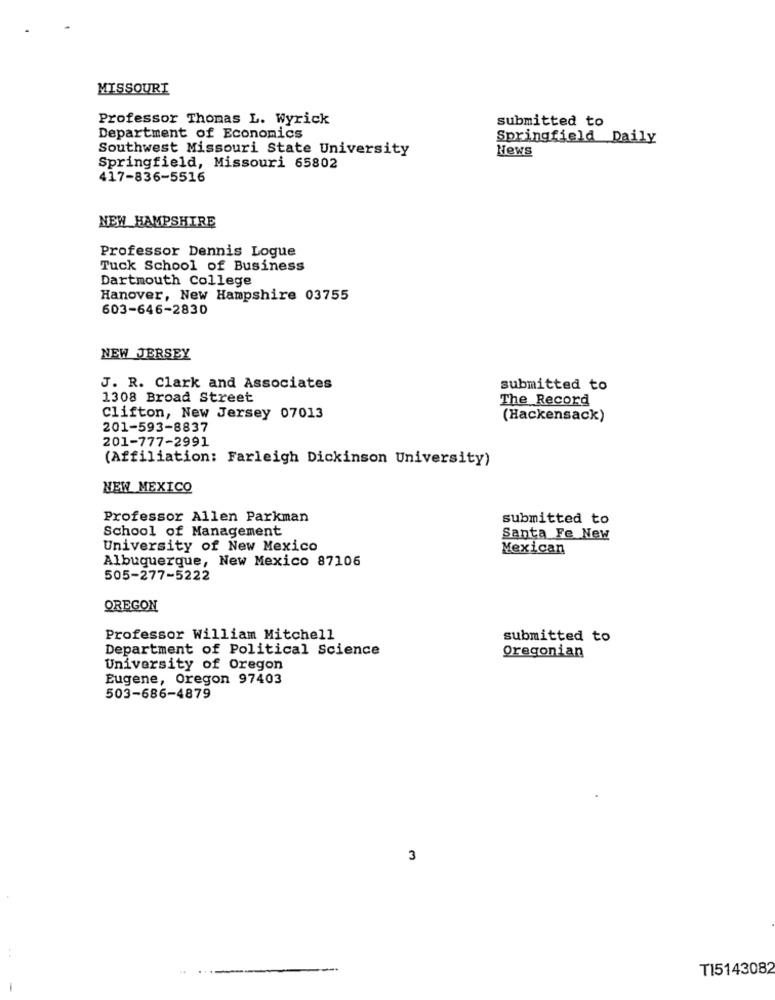
MISSOURI
Professor Thomas L. Wyrick
submitted to
Department of Economics
Springfield Daily
Southwest Missouri State University
News
Springfield, Missouri 65802
417-836-5516
NEW HAMPSHIRE
Professor Dennis Logue
Tuck School of Business
Dartmouth College
Hanover, New Hampshire 03755
603-646-2830
NEW JERSEY
J. R. Clark and Associates
submitted to
1308 Broad Street
The Record
Clifton, New Jersey 07013
(Hackensack)
201-593-8837
201-777-2991
(Affiliation: Farleigh Dickinson University)
NEW MEXICO
Professor Allen Parkman
submitted to
School of Management
Santa Fe New
University of New Mexico
Mexican
Albuquerque, New Mexico 87106
505-277-5222
OREGON
Professor William Mitchell
submitted to
Department of Political Science
Oregonian
University of Oregon
Eugene, Oregon 97403
503-686-4879
3
--
TI5143082